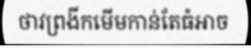
ថាវព្រងីកមើមកាន់តែធំអាច